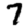
Digit: 7